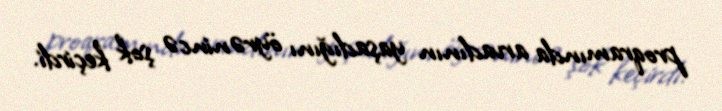
proqramında arvadının yaşadığını öyrənincə şok keçirdi.